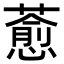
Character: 𦾤